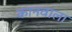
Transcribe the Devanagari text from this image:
कानवाला